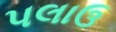
પલાઉ